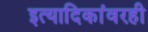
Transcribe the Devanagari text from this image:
इत्यादिकांवरही